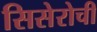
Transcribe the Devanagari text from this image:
सिसेरोची